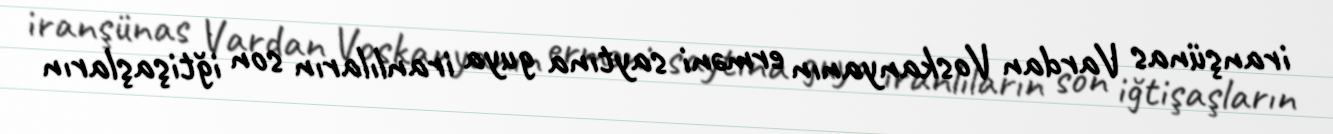
iranşünas Vardan Voskanyanın erməni saytına guya iranlıların son iğtişaşların